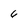
Character: 6